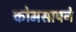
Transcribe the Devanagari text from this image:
कोमसापने